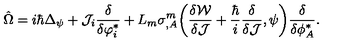
\hat { \Omega } = i \hbar \Delta _ { \psi } + { \cal J } _ { i } \frac { \delta } { \delta \varphi _ { i } ^ { * } } + L _ { m } \sigma _ { , A } ^ { m } \bigg ( \frac { \delta { \cal W } } { \delta { \cal J } } + \frac { \hbar } { i } \frac { \delta } { \delta { \cal J } } , \psi \bigg ) \frac { \delta } { \delta \phi _ { A } ^ { * } } .